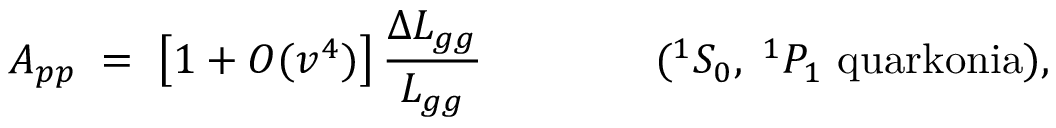
A _ { p p } \; = \; \left[ 1 + { \cal O } ( v ^ { 4 } ) \right] { \frac { \Delta { \cal L } _ { g g } } { { \cal L } _ { g g } } } \qquad \qquad ( { } ^ { 1 } S _ { 0 } , \; { } ^ { 1 } P _ { 1 } \mathrm { \ q u a r k o n i a } ) ,